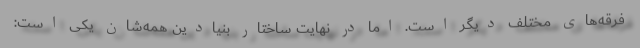
فرقه‌های مختلف دیگر است. اما در نهایت ساختار بنیادین همه‌شان یکی است: